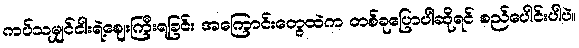
ကပ်သမျှင်ငါးရဲ့ဈေးကြီးရခြင်း အကြောင်းတွေထဲက တစ်ခုပြောပါဆိုရင် စည်ပေါင်းပါပဲ။